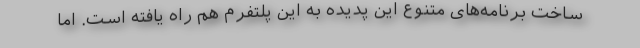
ساخت برنامه‌های متنوع این پدیده به این پلتفرم هم راه یافته است. اما